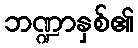
ဘဏ္ဍာနှစ်၏